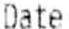
DATE